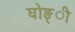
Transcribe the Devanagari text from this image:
घोङ्ी